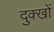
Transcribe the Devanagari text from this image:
दुक्खों